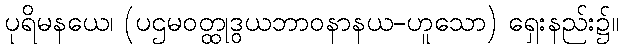
ပုရိမနယေ၊ (ပဌမဝတ္ထုဒွယဘာဝနာနယ-ဟူသော) ရှေးနည်း၌။